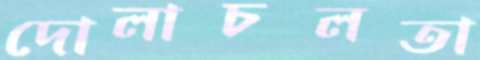
দোলাচলতা